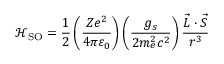
{ \mathcal { H } } _ { \mathrm { S O } } = { \frac { 1 } { 2 } } \left( { \frac { Z e ^ { 2 } } { 4 \pi \varepsilon _ { 0 } } } \right) \left( { \frac { g _ { s } } { 2 m _ { e } ^ { 2 } c ^ { 2 } } } \right) { \frac { { \vec { L } } \cdot { \vec { S } } } { r ^ { 3 } } }